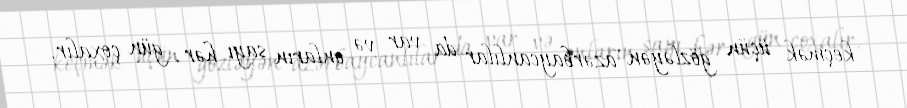
keçmək üçün gözləyən azərbaycanlılar da var və onların sayı hər gün çoxalır.